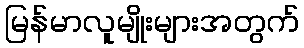
မြန်မာလူမျိုးများအတွက်